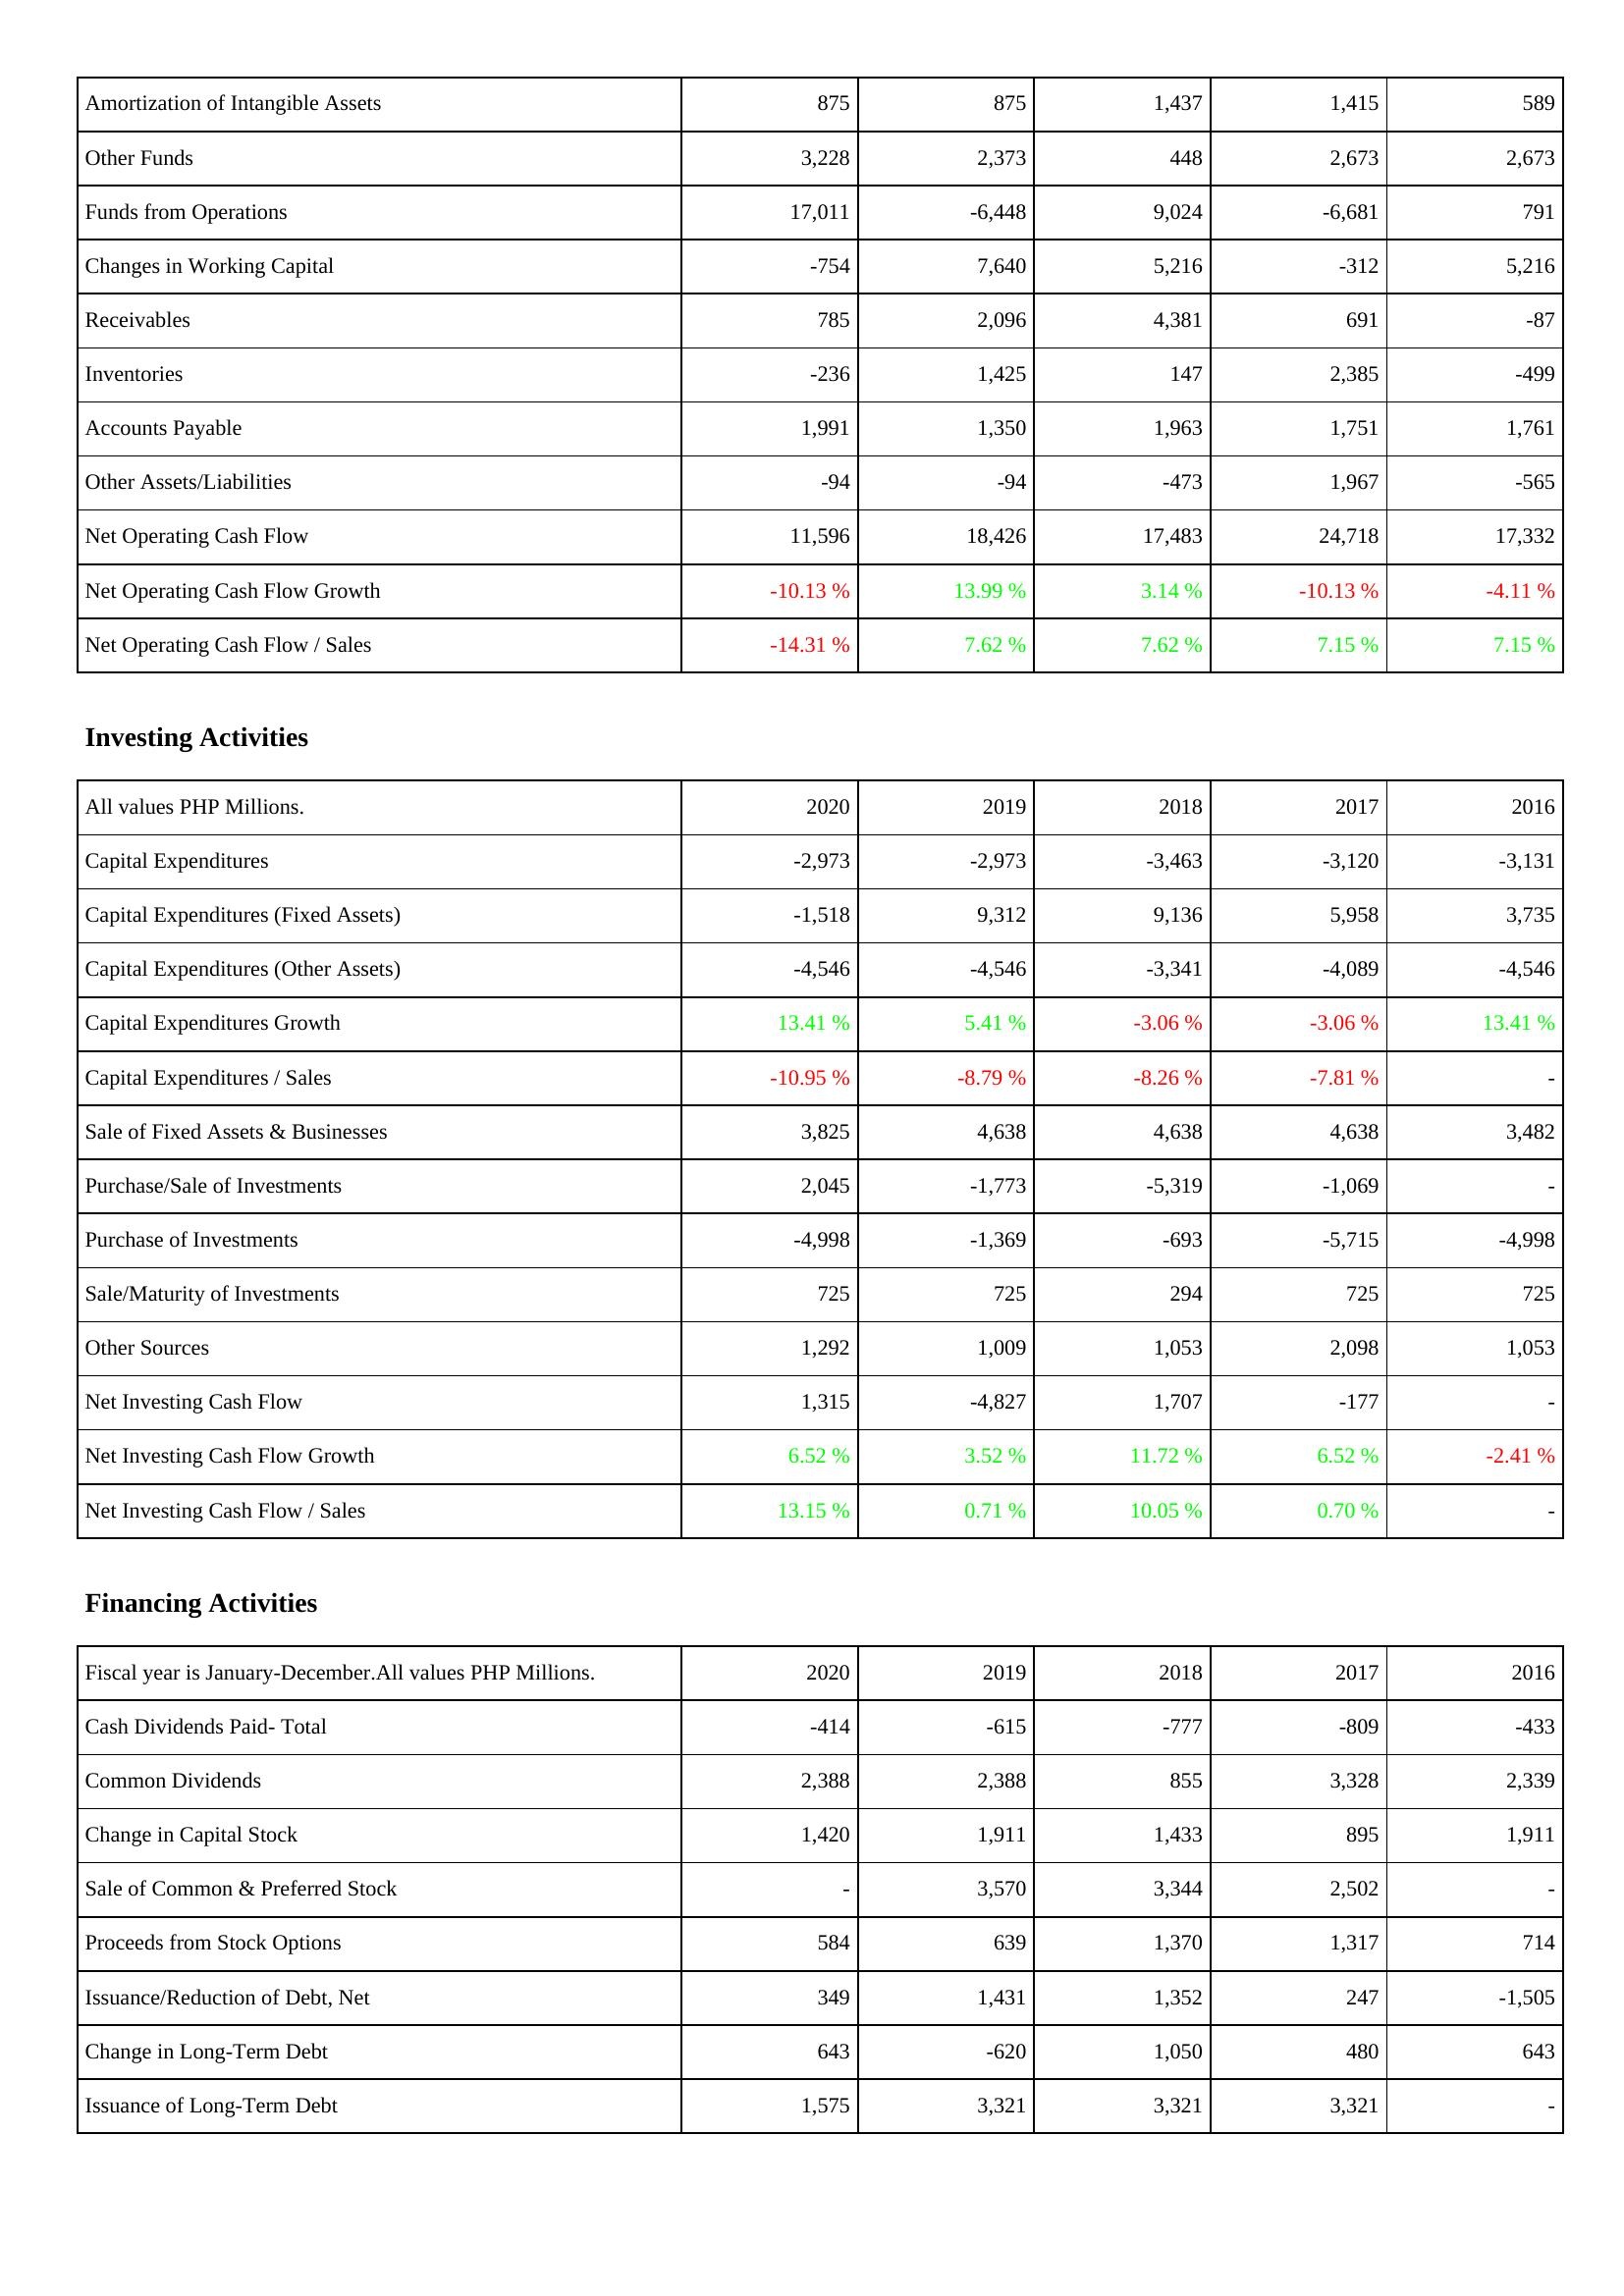
2020: Operating Activities: Amortization of Intangible Assets: 875
Other Funds: 3,228
Funds from Operations: 17,011
Changes in Working Capital: -754
Receivables: 785
Inventories: -236
Accounts Payable: 1,991
Other Assets/Liabilities: -94
Net Operating Cash Flow: 11,596
Net Operating Cash Flow Growth: -10.13 %
Net Operating Cash Flow / Sales: -14.31 %
Investing Activities: Capital Expenditures: -2,973
Capital Expenditures (Fixed Assets): -1,518
Capital Expenditures (Other Assets): -4,546
Capital Expenditures Growth: 13.41 %
Capital Expenditures / Sales: -10.95 %
Sale of Fixed Assets & Businesses: 3,825
Purchase/Sale of Investments: 2,045
Purchase of Investments: -4,998
Sale/Maturity of Investments: 725
Other Sources: 1,292
Net Investing Cash Flow: 1,315
Net Investing Cash Flow Growth: 6.52 %
Net Investing Cash Flow / Sales: 13.15 %
Financing Activities: Cash Dividends Paid- Total: -414
Common Dividends: 2,388
Change in Capital Stock: 1,420
Sale of Common & Preferred Stock: -
Proceeds from Stock Options: 584
Issuance/Reduction of Debt, Net: 349
Change in Long-Term Debt: 643
Issuance of Long-Term Debt: 1,575
2019: Operating Activities: Amortization of Intangible Assets: 875
Other Funds: 2,373
Funds from Operations: -6,448
Changes in Working Capital: 7,640
Receivables: 2,096
Inventories: 1,425
Accounts Payable: 1,350
Other Assets/Liabilities: -94
Net Operating Cash Flow: 18,426
Net Operating Cash Flow Growth: 13.99 %
Net Operating Cash Flow / Sales: 7.62 %
Investing Activities: Capital Expenditures: -2,973
Capital Expenditures (Fixed Assets): 9,312
Capital Expenditures (Other Assets): -4,546
Capital Expenditures Growth: 5.41 %
Capital Expenditures / Sales: -8.79 %
Sale of Fixed Assets & Businesses: 4,638
Purchase/Sale of Investments: -1,773
Purchase of Investments: -1,369
Sale/Maturity of Investments: 725
Other Sources: 1,009
Net Investing Cash Flow: -4,827
Net Investing Cash Flow Growth: 3.52 %
Net Investing Cash Flow / Sales: 0.71 %
Financing Activities: Cash Dividends Paid- Total: -615
Common Dividends: 2,388
Change in Capital Stock: 1,911
Sale of Common & Preferred Stock: 3,570
Proceeds from Stock Options: 639
Issuance/Reduction of Debt, Net: 1,431
Change in Long-Term Debt: -620
Issuance of Long-Term Debt: 3,321
2018: Operating Activities: Amortization of Intangible Assets: 1,437
Other Funds: 448
Funds from Operations: 9,024
Changes in Working Capital: 5,216
Receivables: 4,381
Inventories: 147
Accounts Payable: 1,963
Other Assets/Liabilities: -473
Net Operating Cash Flow: 17,483
Net Operating Cash Flow Growth: 3.14 %
Net Operating Cash Flow / Sales: 7.62 %
Investing Activities: Capital Expenditures: -3,463
Capital Expenditures (Fixed Assets): 9,136
Capital Expenditures (Other Assets): -3,341
Capital Expenditures Growth: -3.06 %
Capital Expenditures / Sales: -8.26 %
Sale of Fixed Assets & Businesses: 4,638
Purchase/Sale of Investments: -5,319
Purchase of Investments: -693
Sale/Maturity of Investments: 294
Other Sources: 1,053
Net Investing Cash Flow: 1,707
Net Investing Cash Flow Growth: 11.72 %
Net Investing Cash Flow / Sales: 10.05 %
Financing Activities: Cash Dividends Paid- Total: -777
Common Dividends: 855
Change in Capital Stock: 1,433
Sale of Common & Preferred Stock: 3,344
Proceeds from Stock Options: 1,370
Issuance/Reduction of Debt, Net: 1,352
Change in Long-Term Debt: 1,050
Issuance of Long-Term Debt: 3,321
2017: Operating Activities: Amortization of Intangible Assets: 1,415
Other Funds: 2,673
Funds from Operations: -6,681
Changes in Working Capital: -312
Receivables: 691
Inventories: 2,385
Accounts Payable: 1,751
Other Assets/Liabilities: 1,967
Net Operating Cash Flow: 24,718
Net Operating Cash Flow Growth: -10.13 %
Net Operating Cash Flow / Sales: 7.15 %
Investing Activities: Capital Expenditures: -3,120
Capital Expenditures (Fixed Assets): 5,958
Capital Expenditures (Other Assets): -4,089
Capital Expenditures Growth: -3.06 %
Capital Expenditures / Sales: -7.81 %
Sale of Fixed Assets & Businesses: 4,638
Purchase/Sale of Investments: -1,069
Purchase of Investments: -5,715
Sale/Maturity of Investments: 725
Other Sources: 2,098
Net Investing Cash Flow: -177
Net Investing Cash Flow Growth: 6.52 %
Net Investing Cash Flow / Sales: 0.70 %
Financing Activities: Cash Dividends Paid- Total: -809
Common Dividends: 3,328
Change in Capital Stock: 895
Sale of Common & Preferred Stock: 2,502
Proceeds from Stock Options: 1,317
Issuance/Reduction of Debt, Net: 247
Change in Long-Term Debt: 480
Issuance of Long-Term Debt: 3,321
2016: Operating Activities: Amortization of Intangible Assets: 589
Other Funds: 2,673
Funds from Operations: 791
Changes in Working Capital: 5,216
Receivables: -87
Inventories: -499
Accounts Payable: 1,761
Other Assets/Liabilities: -565
Net Operating Cash Flow: 17,332
Net Operating Cash Flow Growth: -4.11 %
Net Operating Cash Flow / Sales: 7.15 %
Investing Activities: Capital Expenditures: -3,131
Capital Expenditures (Fixed Assets): 3,735
Capital Expenditures (Other Assets): -4,546
Capital Expenditures Growth: 13.41 %
Capital Expenditures / Sales: -
Sale of Fixed Assets & Businesses: 3,482
Purchase/Sale of Investments: -
Purchase of Investments: -4,998
Sale/Maturity of Investments: 725
Other Sources: 1,053
Net Investing Cash Flow: -
Net Investing Cash Flow Growth: -2.41 %
Net Investing Cash Flow / Sales: -
Financing Activities: Cash Dividends Paid- Total: -433
Common Dividends: 2,339
Change in Capital Stock: 1,911
Sale of Common & Preferred Stock: -
Proceeds from Stock Options: 714
Issuance/Reduction of Debt, Net: -1,505
Change in Long-Term Debt: 643
Issuance of Long-Term Debt: -